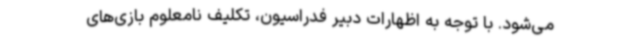
می‌شود. با توجه به اظهارات دبیر فدراسیون، تکلیف نامعلوم بازی‌های